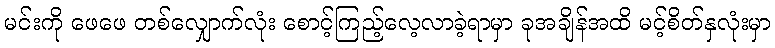
မင်းကို ဖေဖေ တစ်လျှောက်လုံး စောင့်ကြည့်လေ့လာခဲ့ရာမှာ ခုအချိန်အထိ မင့်စိတ်နှလုံးမှာ